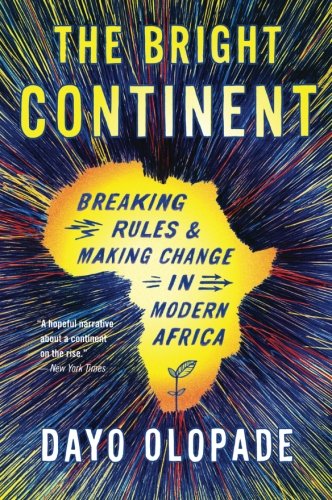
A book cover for The Bright Continent: Breaking Rules and Making Change in Modern Africa; Dayo Olopade; Business & Money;